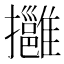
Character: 𢹬